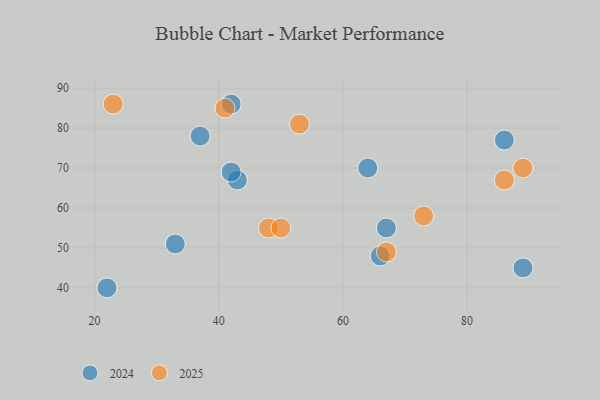
{"axis": {"x": "GDP", "y": "Life Expectancy"}, "legend": ["2024", "2025"], "data": [{"x": "43", "y": 67, "type": "2024"}, {"x": "66", "y": 48, "type": "2024"}, {"x": "22", "y": 40, "type": "2024"}, {"x": "89", "y": 45, "type": "2024"}, {"x": "64", "y": 70, "type": "2024"}, {"x": "37", "y": 78, "type": "2024"}, {"x": "33", "y": 51, "type": "2024"}, {"x": "67", "y": 55, "type": "2024"}, {"x": "86", "y": 77, "type": "2024"}, {"x": "42", "y": 86, "type": "2024"}, {"x": "42", "y": 69, "type": "2024"}, {"x": "86", "y": 67, "type": "2025"}, {"x": "48", "y": 55, "type": "2025"}, {"x": "23", "y": 86, "type": "2025"}, {"x": "73", "y": 58, "type": "2025"}, {"x": "41", "y": 85, "type": "2025"}, {"x": "67", "y": 49, "type": "2025"}, {"x": "50", "y": 55, "type": "2025"}, {"x": "53", "y": 81, "type": "2025"}, {"x": "89", "y": 70, "type": "2025"}]}